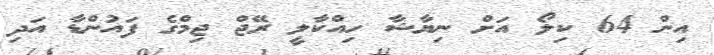
އިން 64 ކިލޯ އަށް ނިޔާޝާ ހިއްކާލީ ރޭޖް ޖިމްގެ ފައުންޑާ އަދި